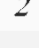
2